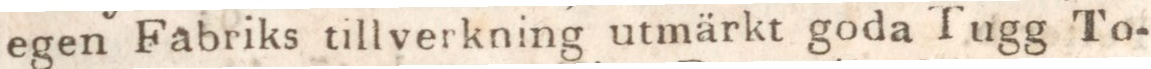
egen Fabriks tillverkning utmärkt goda Tugg To-